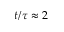
t / \tau \approx 2